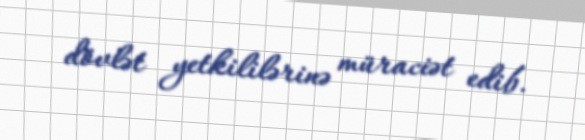
dövlət yetkililərinə müraciət edib.